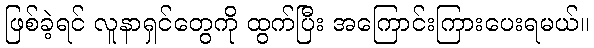
ဖြစ်ခဲ့ရင် လူနာရှင်တွေကို ထွက်ပြီး အကြောင်းကြားပေးရမယ်။